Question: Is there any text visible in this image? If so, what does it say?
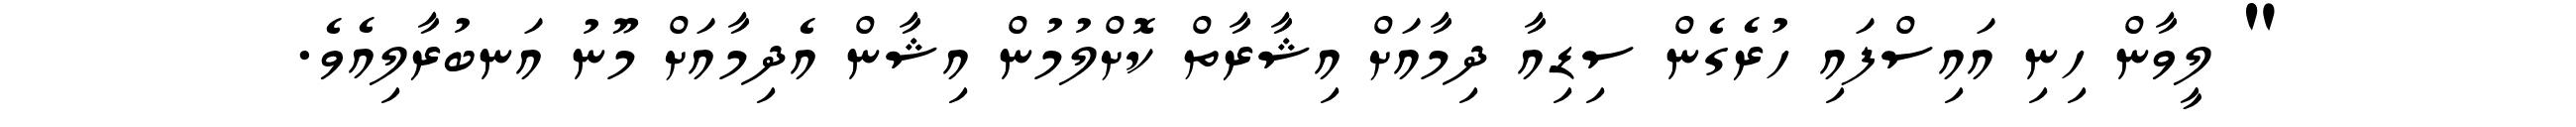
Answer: " ލީވާން ހިނި އައިސްފައި ހުރެގެން ސިޑިއާ ދިމާއަށް އިޝާރާތް ކޮށްލުމުން އިޝާން އެދިމާއަށް މޫނު އަނބުރާލިއެވެ.